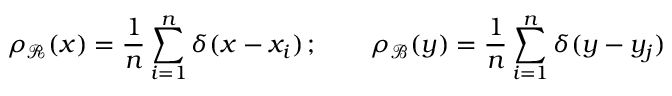
\rho _ { \mathcal R } ( x ) = \frac { 1 } { n } \sum _ { i = 1 } ^ { n } \delta ( x - x _ { i } ) \, ; \qquad \rho _ { \mathcal B } ( y ) = \frac { 1 } { n } \sum _ { i = 1 } ^ { n } \delta ( y - y _ { j } )